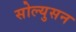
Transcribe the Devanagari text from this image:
सोल्युसन